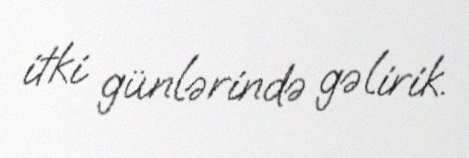
itki günlərində gəlirik.